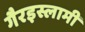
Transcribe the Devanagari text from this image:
गैरइस्लामी